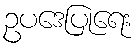
ဥပဒေပြုရေး